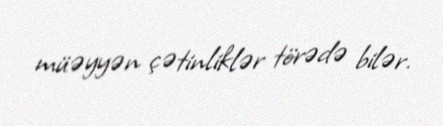
müəyyən çətinliklər törədə bilər.